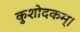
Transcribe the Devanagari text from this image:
कुशोदकम्।